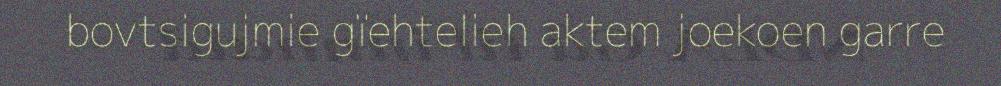
bovtsigujmie gïehtelieh aktem joekoen garre